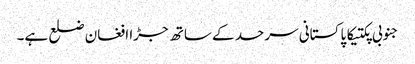
جنوبی پکتیکا پاکستانی سرحد کے ساتھ جڑا افغان ضلع ہے۔